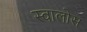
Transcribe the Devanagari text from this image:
स्वालोस